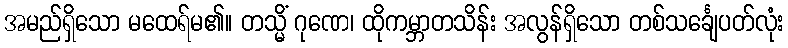
အမည်ရှိသော မထေရ်မ၏။ တသ္မိံ ဂုဏေ၊ ထိုကမ္ဘာတသိန်း အလွန်ရှိသော တစ်သင်္ချေပတ်လုံး